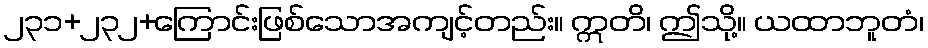
၂၃၁+၂၃၂+ကြောင်းဖြစ်သောအကျင့်တည်း။ ဣတိ၊ ဤသို့။ ယထာဘူတံ၊